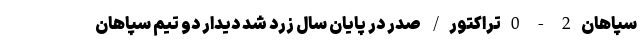
سپاهان 2 - 0 تراکتور/ صدر در پایان سال زرد شد دیدار دو تیم سپاهان